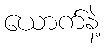
ယောက်နဲ့